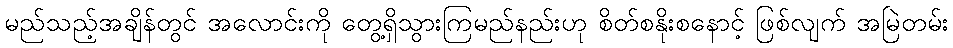
မည်သည့်အချိန်တွင် အလောင်းကို တွေ့ရှိသွားကြမည်နည်းဟု စိတ်စနိုးစနောင့် ဖြစ်လျက် အမြဲတမ်း